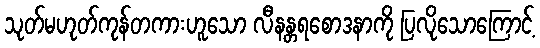
သုတ်မဟုတ်ကုန်တကားဟူသော လီနန္တရစောဒနာကို ပြလိုသောကြောင့်